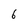
Character: 6